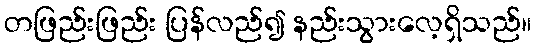
တဖြည်းဖြည်း ပြန်လည်၍ နည်းသွားလေ့ရှိသည်။